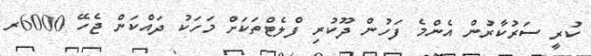
ކުރީ ސަރުކާރުން އެންމެ ފަހުން ދޫކުރި ފްލެޓްތަކަށް މަހަކު ދައްކަން ޖެހޭ 6000ރ